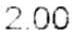
2.00